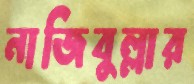
নাজিবুল্লার